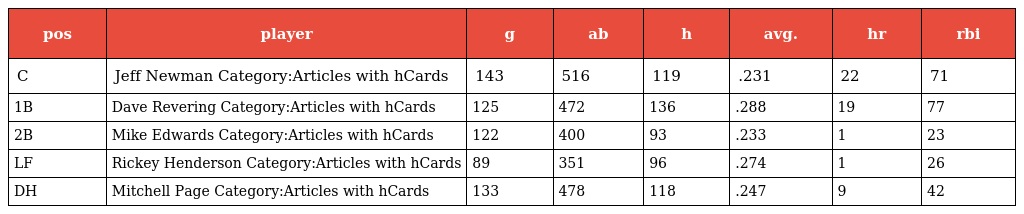
| pos | player | g | ab | h | avg. | hr | rbi |
 | --- | --- | --- | --- | --- | --- | --- | --- |
 | C | Jeff Newman Category:Articles with hCards | 143 | 516 | 119 | .231 | 22 | 71 |
 | 1B | Dave Revering Category:Articles with hCards | 125 | 472 | 136 | .288 | 19 | 77 |
 | 2B | Mike Edwards Category:Articles with hCards | 122 | 400 | 93 | .233 | 1 | 23 |
 | LF | Rickey Henderson Category:Articles with hCards | 89 | 351 | 96 | .274 | 1 | 26 |
 | DH | Mitchell Page Category:Articles with hCards | 133 | 478 | 118 | .247 | 9 | 42 |